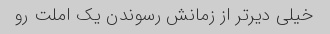
خیلی دیرتر از زمانش رسوندن یک املت رو